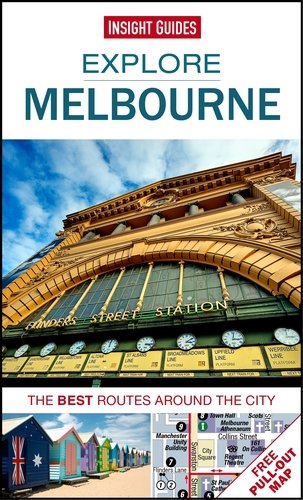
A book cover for Insight Guides: Explore Melbourne (Insight Explore Guides); Insight Guides; Travel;